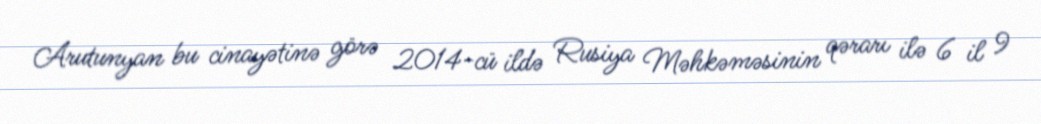
Arutunyan bu cinayətinə görə 2014-cü ildə Rusiya Məhkəməsinin qərarı ilə 6 il 9